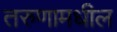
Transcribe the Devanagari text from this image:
तरुणामधील